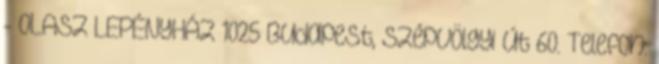
- OLASZ LEPÉNYHÁZ 1025 Budapest, Szépvölgyi út 60. Telefon: